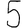
Digit: 5